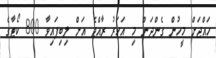
ހައްޖަށް މީހުން ގެންދަން މި އަހަރު ރާއްޖެ އަށް ލިބިފައިވާ 800 ކޯޓާގެ